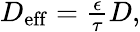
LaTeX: \begin{array}{r}{D_{\mathrm{eff}}=\frac{\epsilon}{\tau}D,}\end{array}